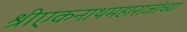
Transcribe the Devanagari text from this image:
श्रीएकनाथमहाराजांच्या